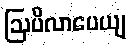
ဩပိလာပေယျ